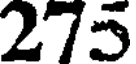
275